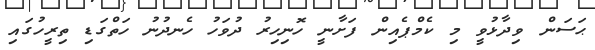
ޙަސަން ވިދާޅުވީ މި ކެމްޕެއިން ފަށާނީ ހޮނިހިރު ދުވަހު ހެނދުނު ހަތްގަޑި ތިރީހުގައި